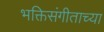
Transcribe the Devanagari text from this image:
भक्तिसंगीताच्या